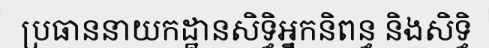
ប្រធាននាយកដ្ឋានសិទ្ធិអ្នកនិពន្ធ និងសិទ្ធិ